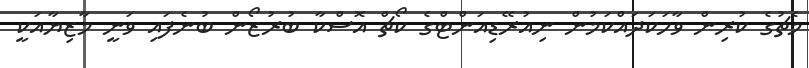
މެޗުގެ ކުރިން ވާހަކަދައްކަމުން ނިއުރޭޑިއަންޓްގެ ކޯޗް އޮސްކާ ބުރުޒޯން ބުނެފައި ވަނީ މާޒިޔާއަކީ